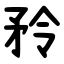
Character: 矝